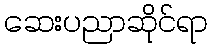
ဆေးပညာဆိုင်ရာ